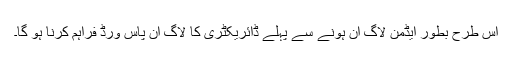
اس طرح بطور ایڈمن لاگ اِن ہونے سے پہلے ڈائریکٹری کا لاگ اِن پاس ورڈ فراہم کرنا ہو گا۔